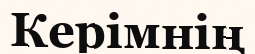
Керімнің